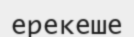
ерекеше